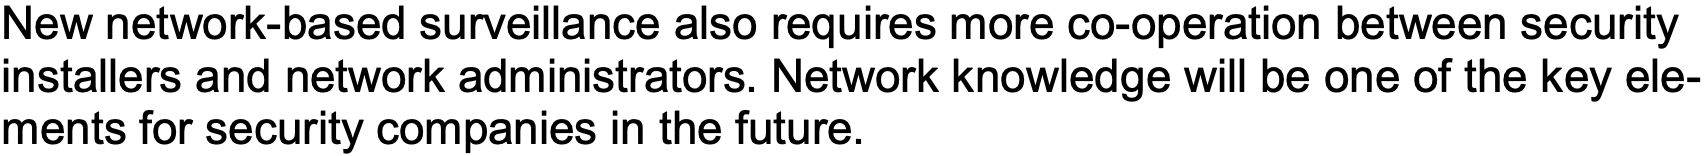
New network-based surveillance also requires more co-operation between security installers and network administrators. Network knowledge will be one of the key ele- ments for security companies in the future.